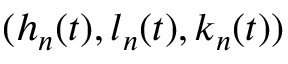
( h _ { n } ( t ) , l _ { n } ( t ) , k _ { n } ( t ) )